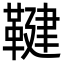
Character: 鞬